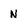
Character: N